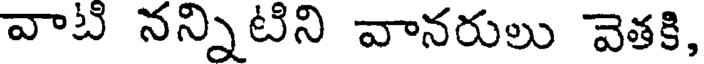
వాటి నన్నిటిని వానరులు వెతకి,